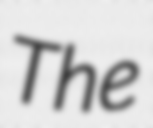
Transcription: The